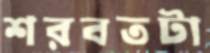
শরবতটা